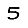
Digit: 5